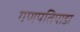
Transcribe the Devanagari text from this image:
गणपतिपाडा